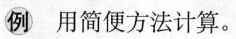
例 用简便方法计算。